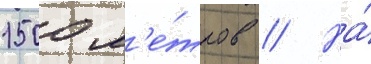
1500 м'е́тров // На́